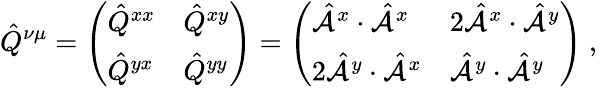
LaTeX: \hat{Q}^{\nu\mu}=\left(\begin{array}{ll}{\hat{Q}^{xx}}&{\hat{Q}^{xy}}\\ {\hat{Q}^{yx}}&{\hat{Q}^{yy}}\end{array}\right)=\left(\begin{array}{ll}{\hat{\mathcal{A}}^{x}\cdot\hat{\mathcal{A}}^{x}}&{2\hat{\mathcal{A}}^{x}\cdot\hat{\mathcal{A}}^{y}}\\ {2\hat{\mathcal{A}}^{y}\cdot\hat{\mathcal{A}}^{x}}&{\hat{\mathcal{A}}^{y}\cdot\hat{\mathcal{A}}^{y}}\end{array}\right)\mathrm{~,~}